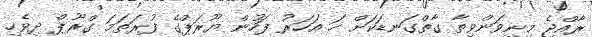
ރާއްޖެ މިނިވަންވިތާ ގާތްގަނޑަކަށް ހަ އަހަރު ފަހުން ޔޫރަޕްގެ ފުރަތަމަ ގްރޫޕް ދިވެހި